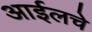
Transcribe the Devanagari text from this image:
आईलचे